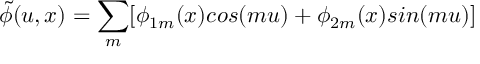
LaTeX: \tilde { \phi } ( u , x ) = \sum _ { m } [ \phi _ { 1 m } ( x ) c o s ( m u ) + \phi _ { 2 m } ( x ) s i n ( m u ) ]